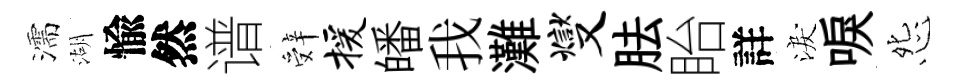
濡湖愉然谱辤援皤我灘燮胠眙詳淚唳怨